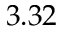
3 . 3 2